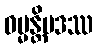
ဓမ္မန္တိပဒဿ